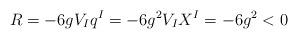
LaTeX: \begin{align*}R=-6gV_{I}q^{I}=-6g^{2}V_{I}X^{I}=-6g^{2}<0\end{align*}